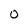
Character: O